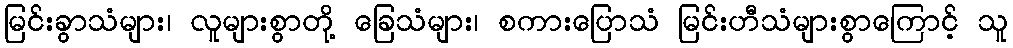
မြင်းခွာသံများ၊ လူများစွာတို့ ခြေသံများ၊ စကားပြောသံ မြင်းဟီသံများစွာကြောင့် သူ